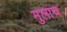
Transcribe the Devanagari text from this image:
मुलाच